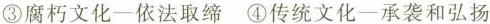
③腐朽文化-依法取缔 ④传统文化一承袭和弘扬